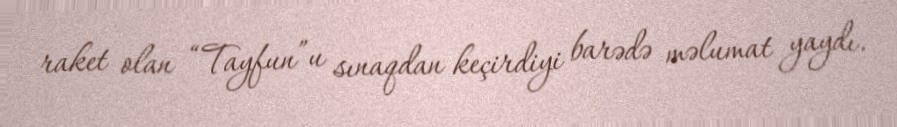
raket olan “Tayfun”u sınaqdan keçirdiyi barədə məlumat yaydı.